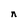
Character: n